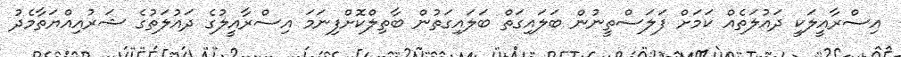
އިސްރާއީލަކީ ދައުލަތެއް ކަމަށް ފަލަސްތީނުން ބަލައިގަތް ބަލައިގަތުން ބާތިލްކޮށްފިނަމަ އިސްރާއީލުގެ ދައުލަތުގެ ޝަރުއިއްޔަތާމެދު